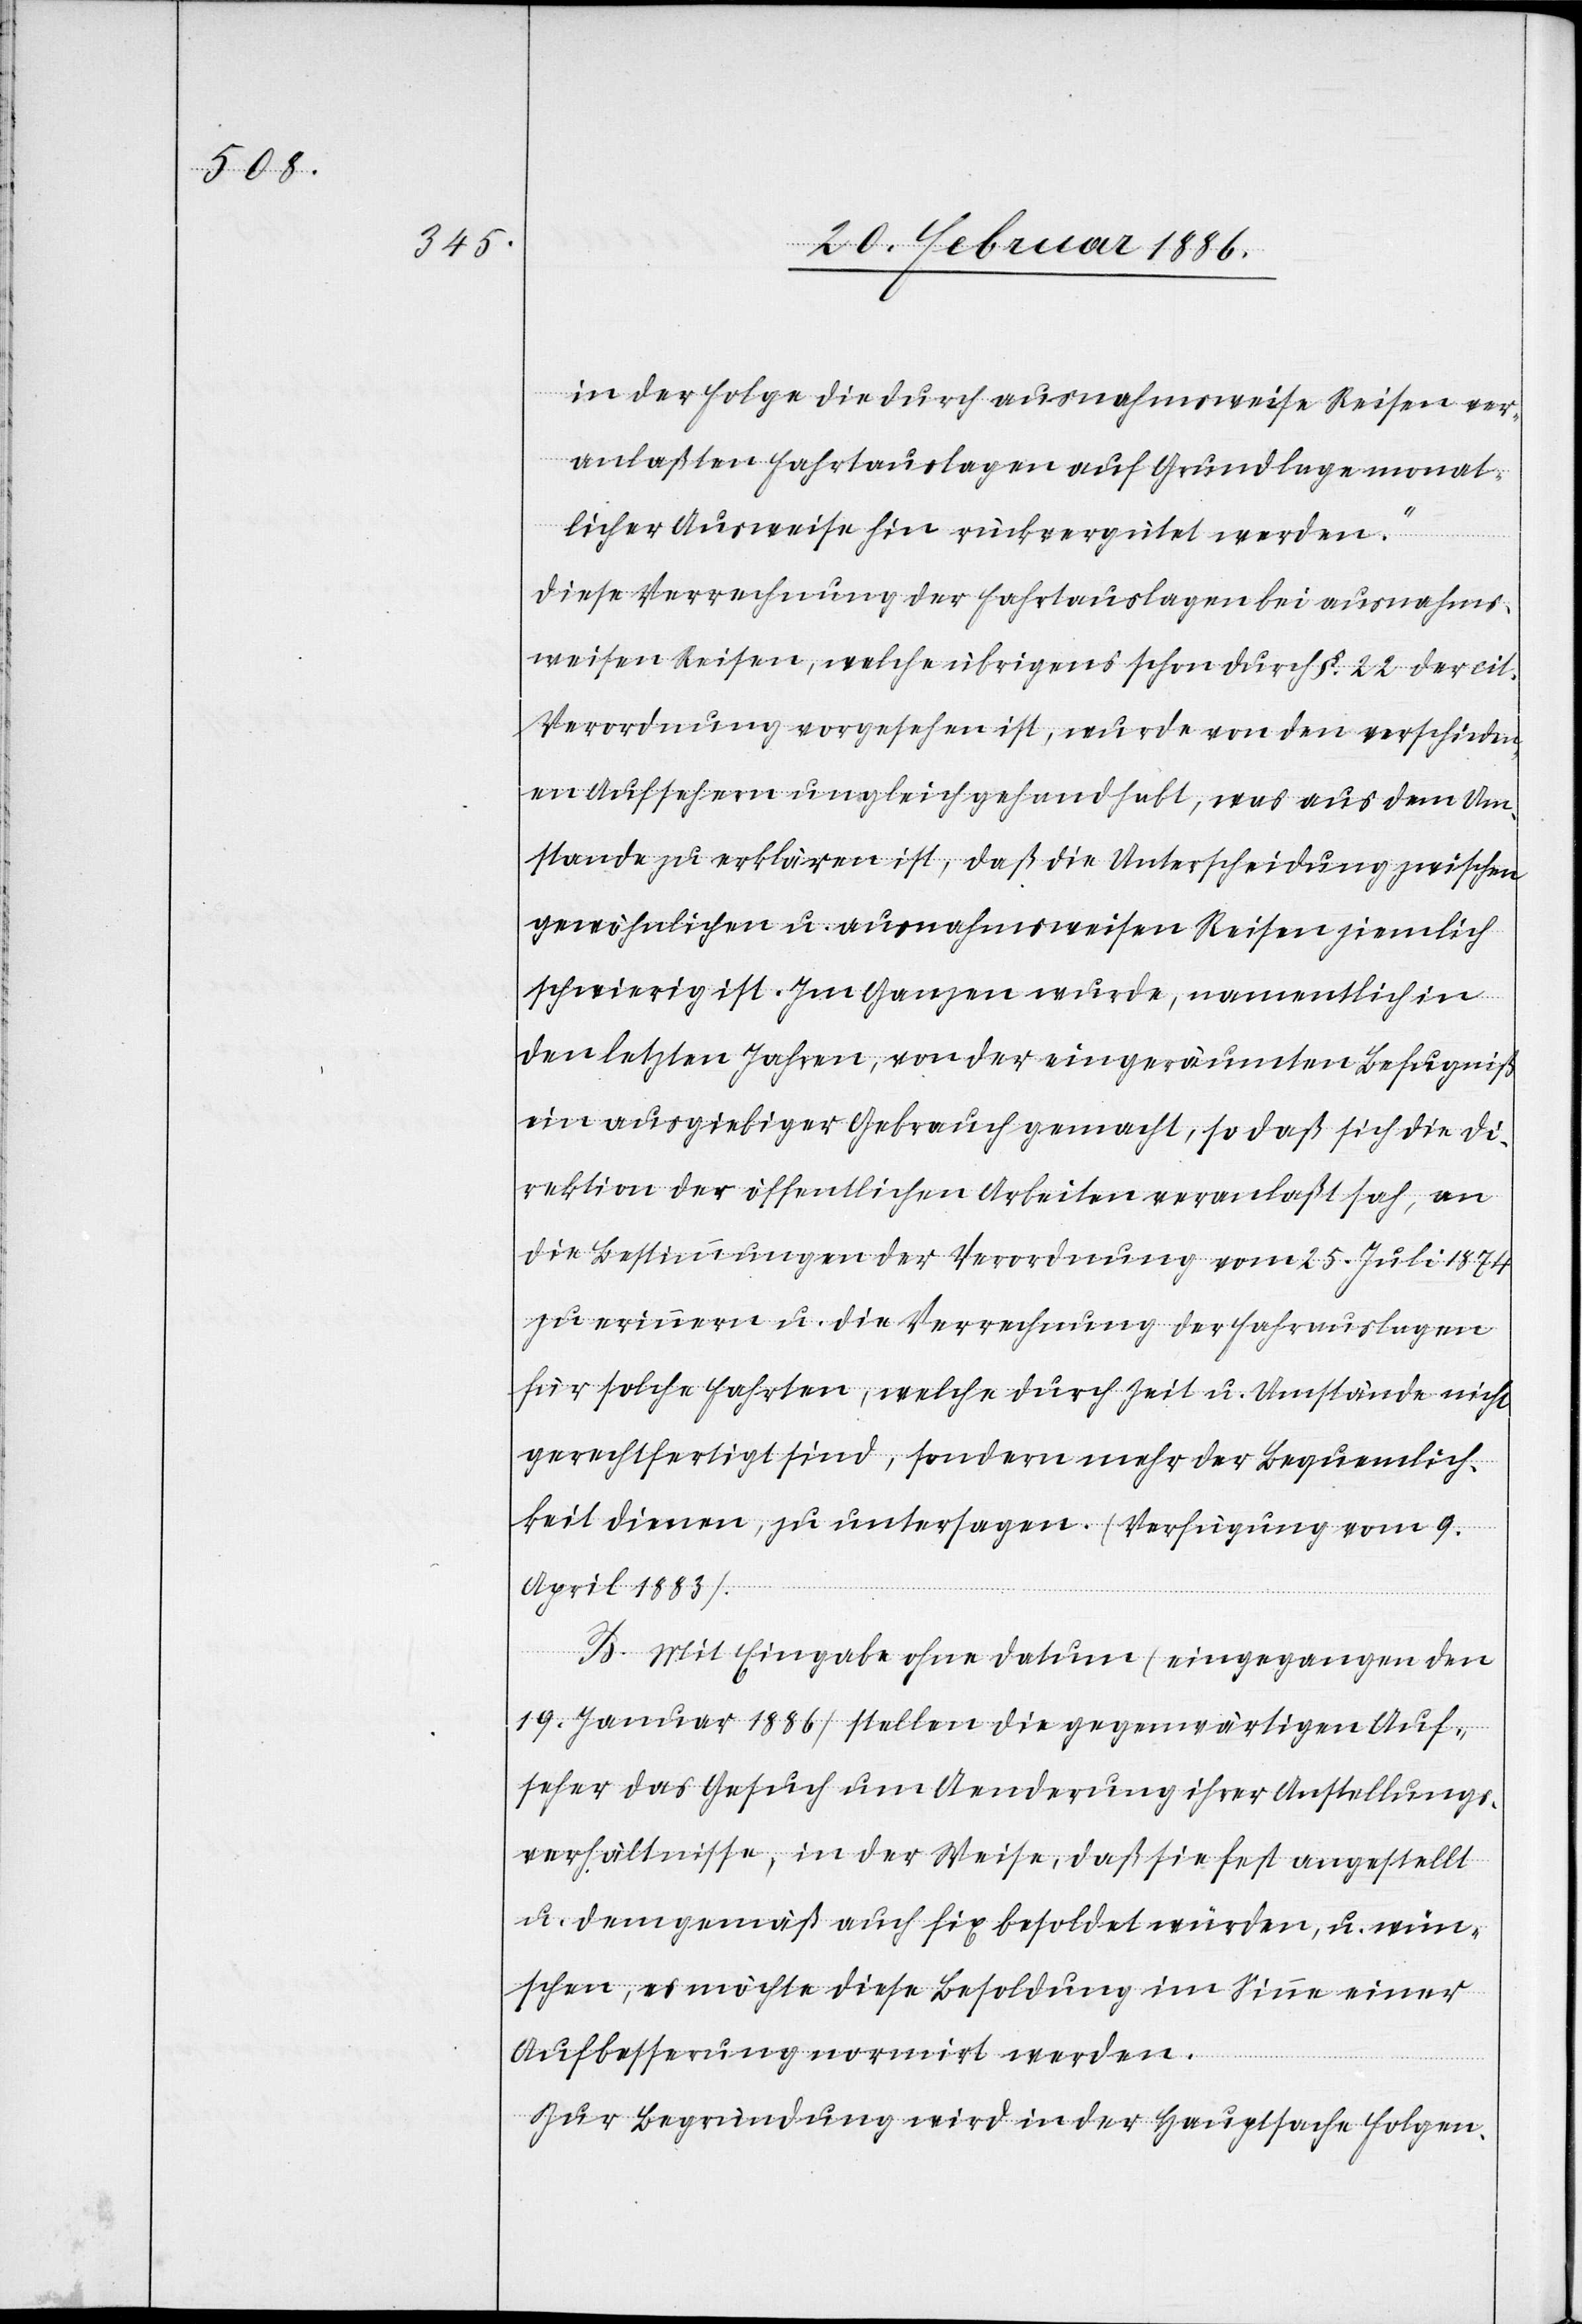
in der Folge die durch ausnahmsweise Reisen ver¬
anlaßten Fahrtauslagen auf Grundlage monat¬
licher Ausweise hin rückvergütet werden.“
Diese Verrechnung der Fahrauslagen bei ausnahms¬
weisen Reisen, welche übrigens schon durch §. 22 der cit.
Verordnung vorgesehen ist, wurde von den verschieden¬
en Aufsehern ungleich gehandhabt, was aus dem Um¬
stande zu erklären ist, daß die Unterscheidung zwischen
gewöhnlichen u. ausnahmsweisen Reisen ziemlich
schwierig ist. Im Ganzen wurde, namentlich in
den letzten Jahren, von der eingeräumten Befugniß
ein ausgiebiger Gebrauch gemacht, so daß sich die Di¬
rektion der öffentlichen Arbeiten veranlaßt sah, an
die Bestimmungen der Verordnung vom 25. Juli 1874
zu erinnern u. die Verrechnung der Fahrauslagen
für solche Fahrten, welche durch Zeit u. Umstände nicht
gerechtfertigt sind, sondern mehr der Bequemlich¬
keit dienen, zu untersagen (Verfügung vom 9.
April 1883).
B. Mit Eingabe ohne Datum (eingegangen den
19. Januar 1886) stellen die gegenwärtigen Auf¬
seher das Gesuch um Aenderung ihrer Anstellungs¬
verhältnisse, in der Weise, daß sie fest angestellt
u. demgemäß auch fix besoldet würden, u. wün¬
schen, es möchte diese Besoldung um Sinne einer
Aufbesserung normirt werden.
Zur Begründung wird in der Hauptsache Folgen-